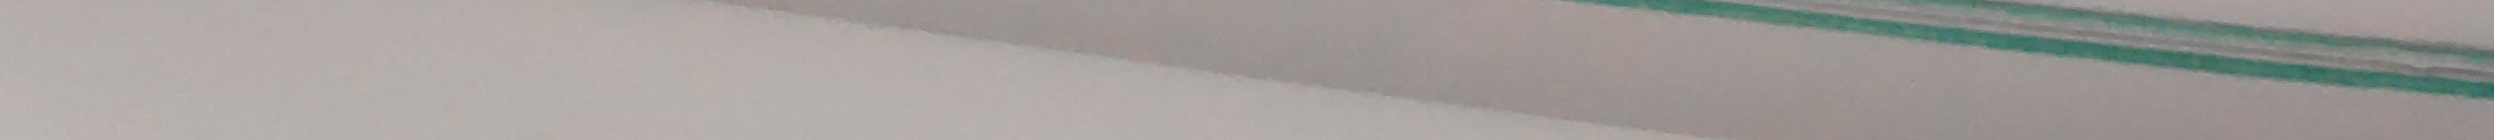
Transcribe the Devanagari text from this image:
यो